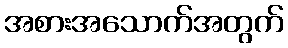
အစားအသောက်အတွက်